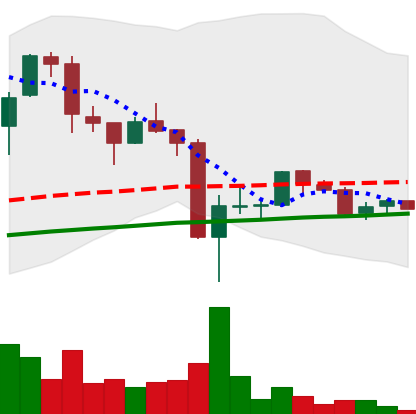
Ticker: LTC-USD
Chart end date: 2017-09-24
Forward return: 10.51%
Label: up_7plus